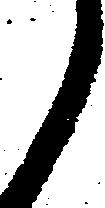
候